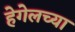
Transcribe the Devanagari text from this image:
हेगेलच्या